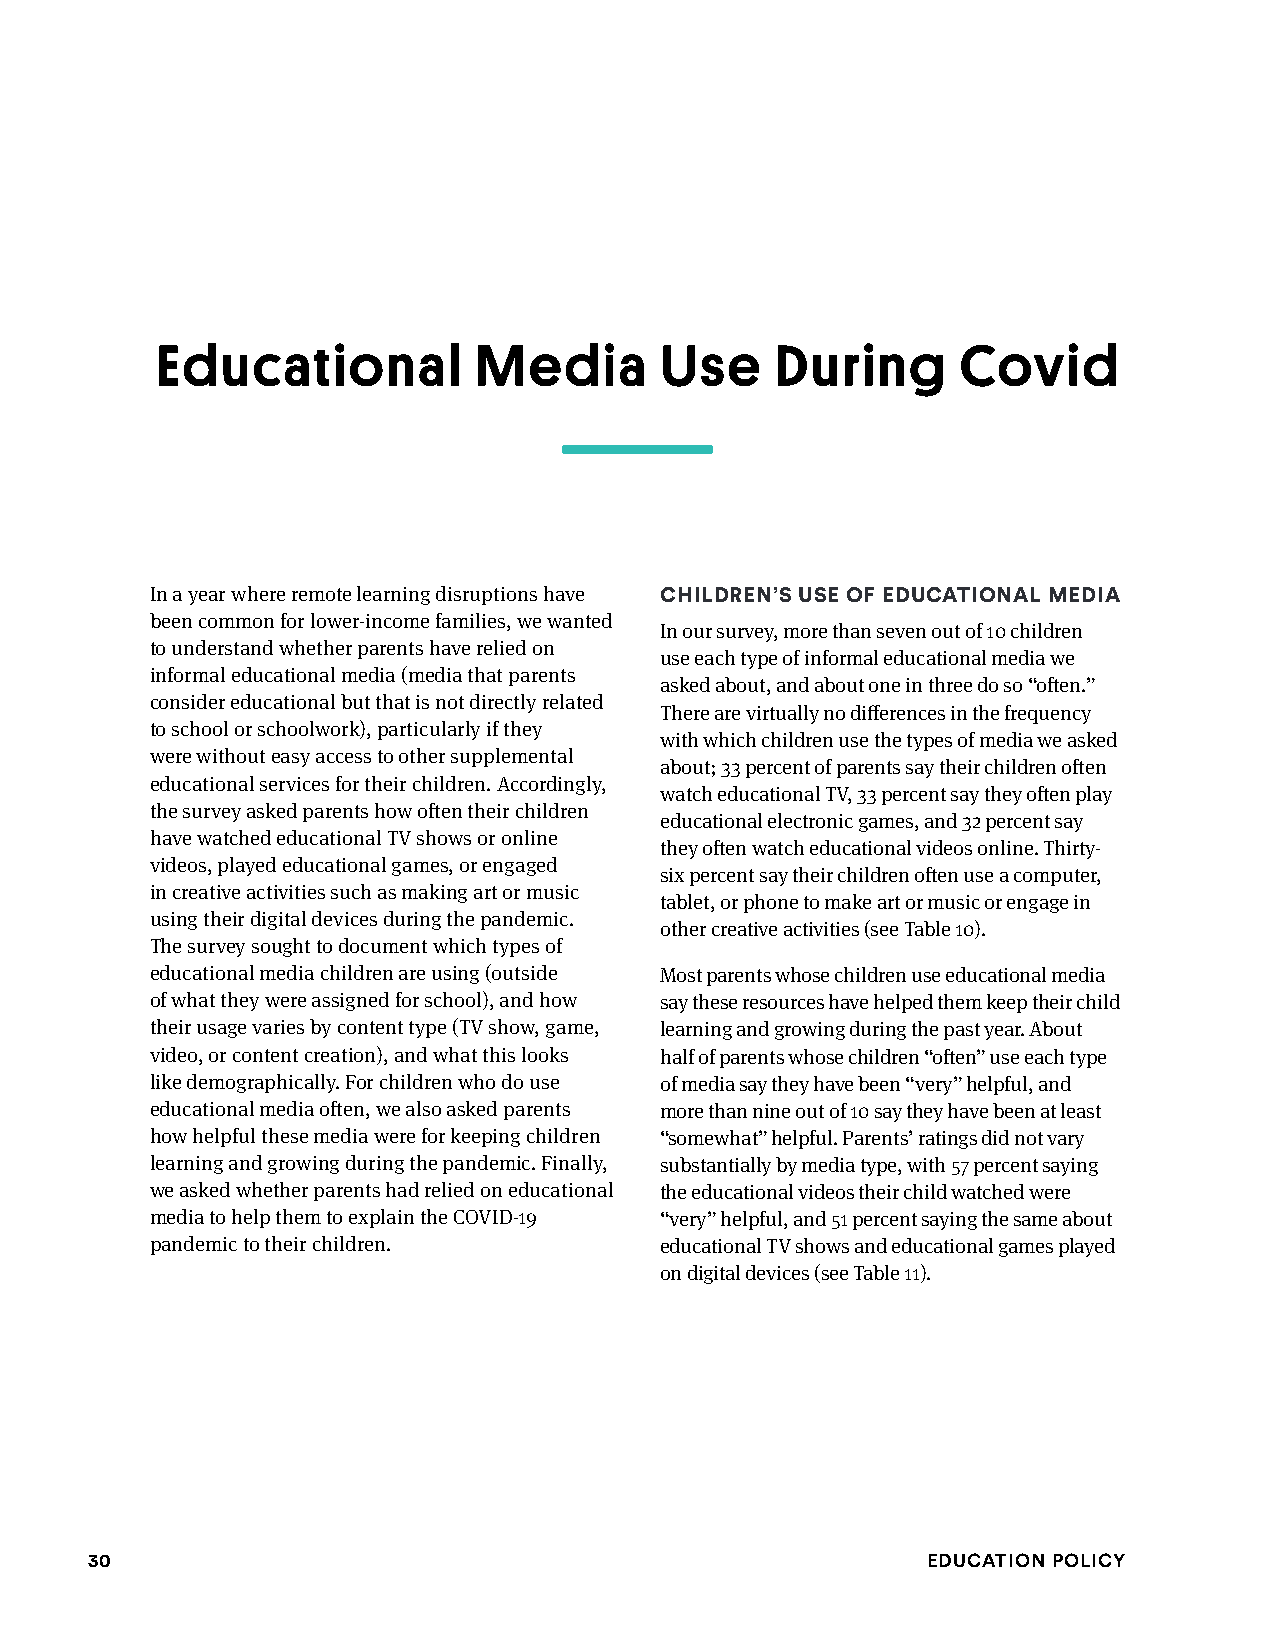
Educational          Media        Use    During       Covid
 In a year where remote learning disruptions have ChildREn’s usE Of EduCATiOnAl mEdiA
 been common for lower-income families, we wanted
 In our survey, more than seven out of 10 children
 to understand whether parents have relied on
 use each type of informal educational media we
 informal educational media (media that parents
 asked about, and about one in three do so “often.”
 consider educational but that is not directly related
 There are virtually no differences in the frequency
 to school or schoolwork), particularly if they
 with which children use the types of media we asked
 were without easy access to other supplemental
 about; 33 percent of parents say their children often
 educational services for their children. Accordingly,
 watch educational TV, 33 percent say they often play
 the survey asked parents how often their children
 educational electronic games, and 32 percent say
 have watched educational TV shows or online
 they often watch educational videos online. Thirty-
 videos, played educational games, or engaged
 six percent say their children often use a computer,
 in creative activities such as making art or music
 tablet, or phone to make art or music or engage in
 using their digital devices during the pandemic.
 other creative activities (see Table 10).
 The survey sought to document which types of
 educational media children are using (outside Most parents whose children use educational media
 of what they were assigned for school), and how say these resources have helped them keep their child
 their usage varies by content type (TV show, game, learning and growing during the past year. About
 video, or content creation), and what this looks half of parents whose children “often” use each type
 like demographically. For children who do use of media say they have been “very” helpful, and
 educational media often, we also asked parents more than nine out of 10 say they have been at least
 how helpful these media were for keeping children “somewhat” helpful. Parents’ ratings did not vary
 learning and growing during the pandemic. Finally, substantially by media type, with 57 percent saying
 we asked whether parents had relied on educational the educational videos their child watched were
 media to help them to explain the COVID-19 “very” helpful, and 51 percent saying the same about
 pandemic to their children.       educational TV shows and educational games played
 on digital devices (see Table 11).
 30                                                     Education Policy